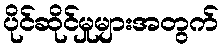
ပိုင်ဆိုင်မှုများအတွက်